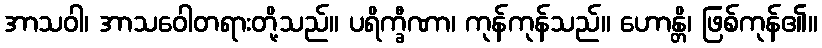
အာသဝါ၊ အာသဝေါတရားတို့သည်။ ပရိက္ခီဏာ၊ ကုန်ကုန်သည်။ ဟောန္တိ၊ ဖြစ်ကုန်၏။